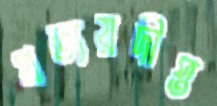
প্রত্যয়দীপ্ত